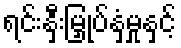
ရင်းနှီးမြှုပ်နှံမှုနှင့်